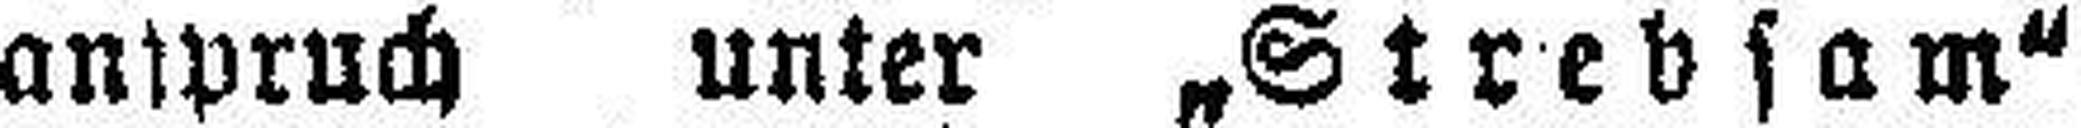
anspruch unter „Strebsam“